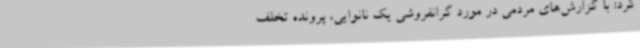
کرد: با گزارش‌های مردمی در مورد گرانفروشی یک نانوایی، پرونده تخلف